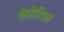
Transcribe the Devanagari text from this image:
नेपोलिन